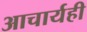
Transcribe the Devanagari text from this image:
आचार्यही